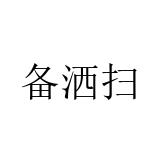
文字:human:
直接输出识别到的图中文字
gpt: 备洒扫